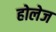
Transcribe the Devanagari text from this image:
होलेज